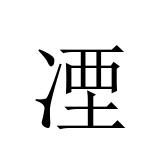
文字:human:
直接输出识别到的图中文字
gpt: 凐